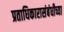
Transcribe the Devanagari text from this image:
प्रताधिकारासंबंधीच्या